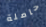
حاملة